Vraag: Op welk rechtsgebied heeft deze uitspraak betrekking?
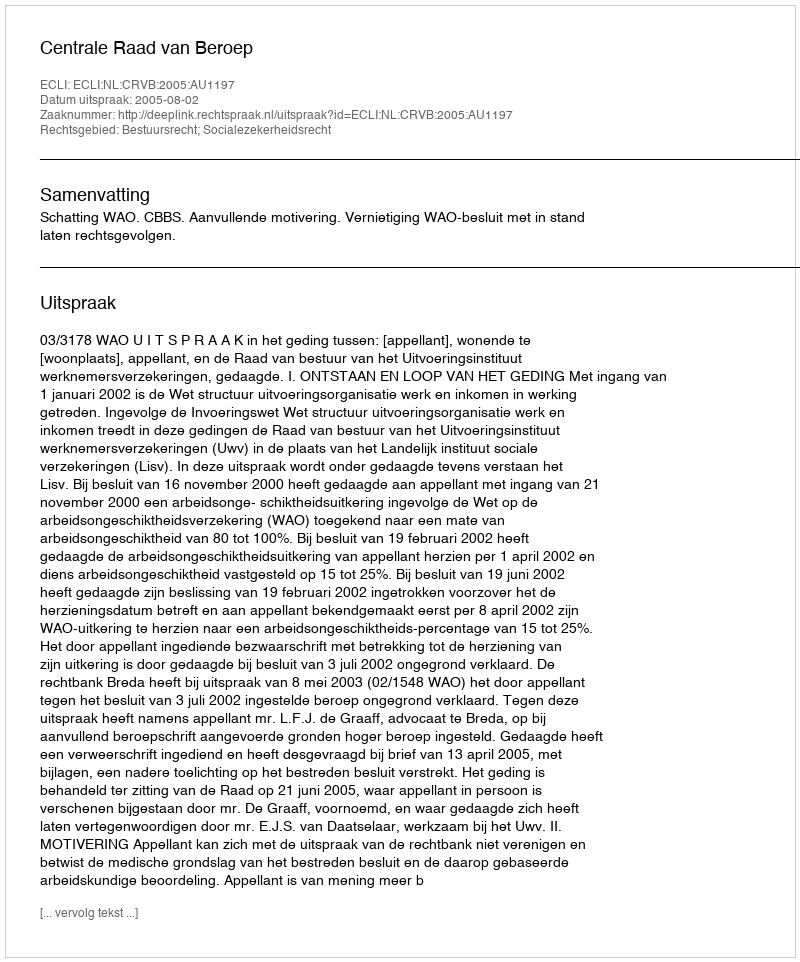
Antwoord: Bestuursrecht; Socialezekerheidsrecht